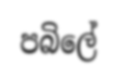
පබිලේ